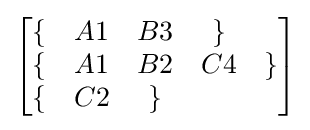
{\begin{bmatrix}\{&A1&B3&\}\\\{&A1&B2&C4&\}\\\{&C2&\}\\\end{bmatrix}}